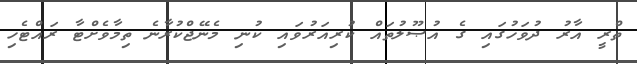
ތްރީ އާރު ދުވަހުގައި ގެ އުޞޫލުތައް ކުރިއަރުވައި ކުނި މެނޭޖްކުރާނެ ތިމާވެށްޓާ ރައްޓެހި